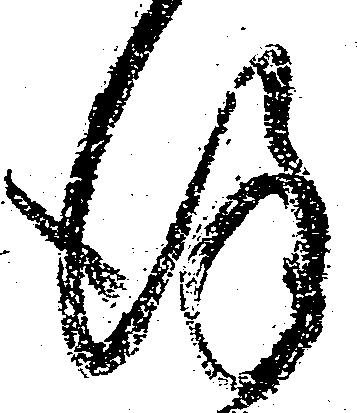
謹